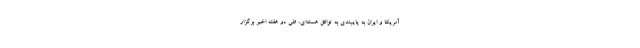
آمریکا و ایران به پایبندی به توافق هسته‌ای، طی دو هفته اخیر برگزار